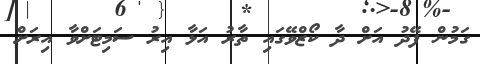
ގަމުން ފޭދު އަށް ދާ ކޯޒްވޭގައި ތާރު އަޅާ އިރު ސަމިޓަށްވާ އިރަށް